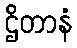
ဌိတာနံ